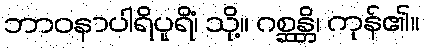
ဘာဝနာပါရိပူရိံ၊ သို့။ ဂစ္ဆန္တိ၊ ကုန်၏။